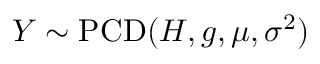
Y \sim \operatorname { P C D } ( H , g , \mu , \sigma ^ { 2 } )